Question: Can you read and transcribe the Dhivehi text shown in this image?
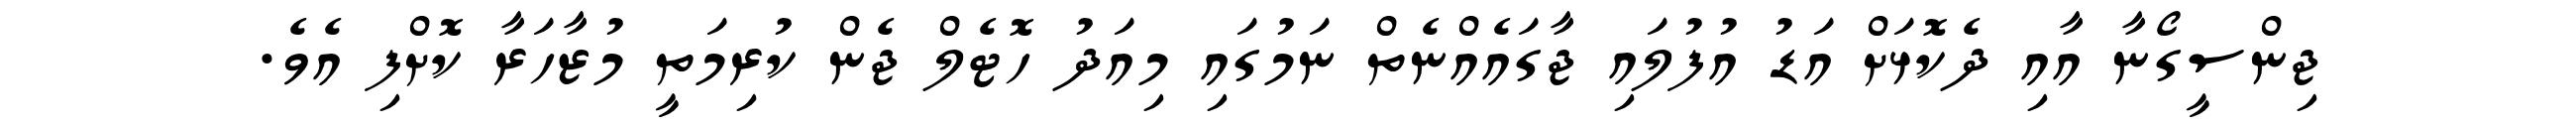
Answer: ޖިންސީގޯނާ އާއި ދެކޮޅަށް އަޑު އުފުލައި ޖާގައެއްނެތް ނަމުގައި މިއަދު ހޮޓެލް ޖެން ކުރިމަތީ މުޒާހަރާ ކޮށްފި އެވެ.